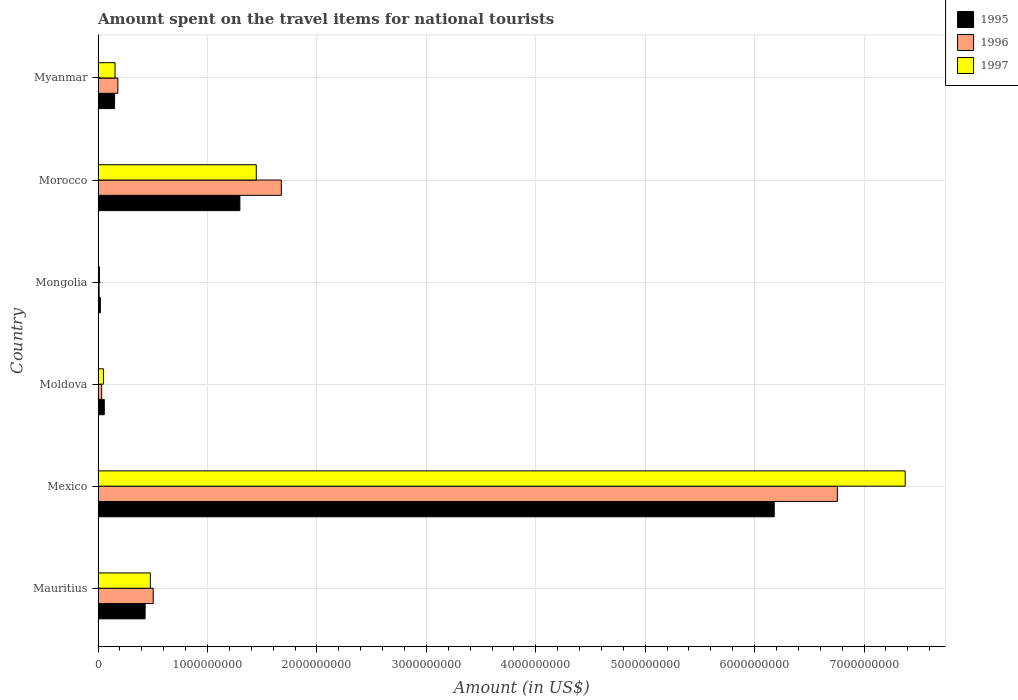
| Country | 1995 | 1996 | 1997 |
 | --- | --- | --- | --- |
 | Mauritius | 4.3e+08 | 5.04e+08 | 4.78e+08 |
 | Mexico | 6.18e+09 | 6.76e+09 | 7.38e+09 |
 | Moldova | 5.7e+07 | 3.3e+07 | 5e+07 |
 | Mongolia | 2.1e+07 | 1e+07 | 1.3e+07 |
 | Morocco | 1.3e+09 | 1.68e+09 | 1.45e+09 |
 | Myanmar | 1.51e+08 | 1.81e+08 | 1.55e+08 |